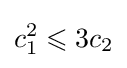
c_{1}^{2}\leqslant 3c_{2}